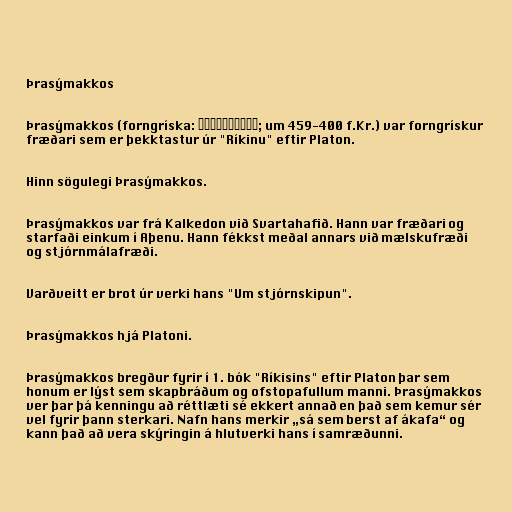
Þrasýmakkos

Þrasýmakkos (forngríska: Θρασύμαχος; um 459-400 f.Kr.) var forngrískur
fræðari sem er þekktastur úr "Ríkinu" eftir Platon.

Hinn sögulegi Þrasýmakkos.

Þrasýmakkos var frá Kalkedon við Svartahafið. Hann var fræðari og
starfaði einkum í Aþenu. Hann fékkst meðal annars við mælskufræði
og stjórnmálafræði.

Varðveitt er brot úr verki hans "Um stjórnskipun".

Þrasýmakkos hjá Platoni.

Þrasýmakkos bregður fyrir í 1. bók "Ríkisins" eftir Platon þar sem
honum er lýst sem skapbráðum og ofstopafullum manni. Þrasýmakkos
ver þar þá kenningu að réttlæti sé ekkert annað en það sem kemur sér
vel fyrir þann sterkari. Nafn hans merkir „sá sem berst af ákafa“ og
kann það að vera skýringin á hlutverki hans í samræðunni.